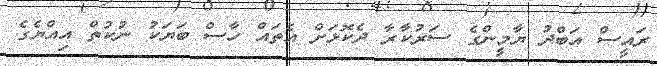
ރައީސް އަބްދު ޔާމީންގެ ސަރުކާރާ ދެކޮޅަށް އެތައް ހާސް ބަޔަކު ނުކުތް އިއްޔެގެ